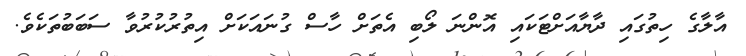
އާލާގެ ހިތުގައި ދާޔާއަށްޓަކައި އޮންނަ ލޯބި އެތަށް ހާސް ގުނައަކަށް އިތުރުކުރުވާ ސަބަބުތަކެވެ.